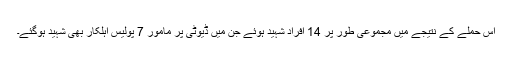
اس حملے کے نتیجے میں مجموعی طور پر 14 افراد شہید ہوئے جن میں ڈیوٹی پر مامور 7 پولیس اہلکار بھی شہید ہوگئے۔